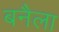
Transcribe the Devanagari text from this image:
बनैला